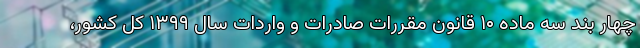
چهار بند سه ماده ۱۰ قانون مقررات صادرات و واردات سال ۱۳۹۹ کل کشور،